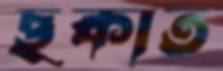
ছকাত